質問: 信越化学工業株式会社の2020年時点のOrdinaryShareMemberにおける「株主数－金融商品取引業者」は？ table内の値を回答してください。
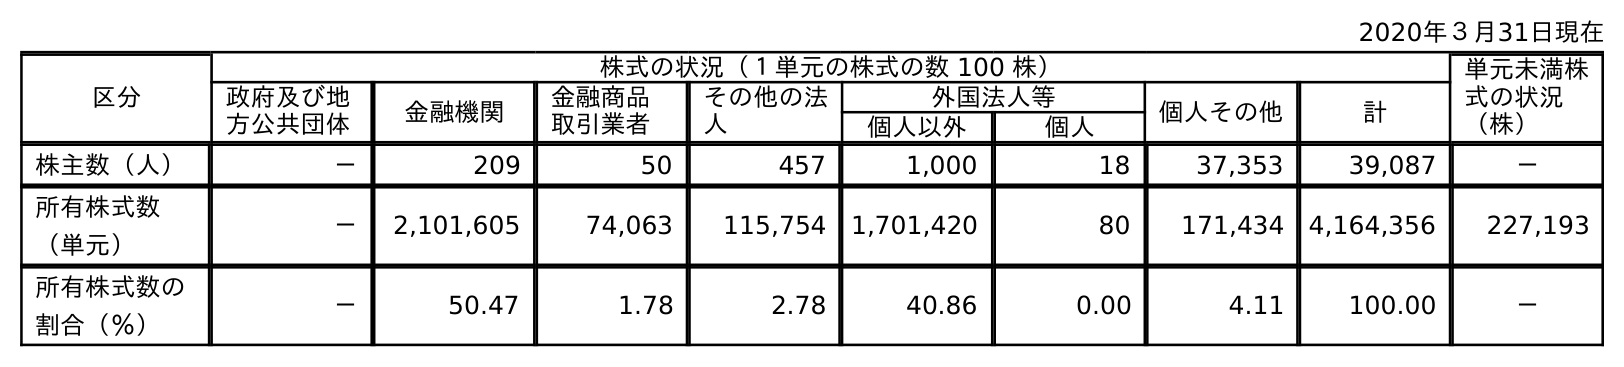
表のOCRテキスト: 2020年３月31日現在 区分 株式の状況（１単元の株式の数 100 株） 単元未満株 式の状況 （株） 政府及び地 方公共団体 金融機関 金融商品 取引業者 その他の法 人 外国法人等 個人その他 計 個人以外 個人 株主数（人） － 209 50 457 1,000 18 37,353 39,087 － 所有株式数 （単元） － 2,101,605 74,063 115,754 1,701,420 80 171,434 4,164,356 227,193 所有株式数の 割合（％） － 50.47 1.78 2.78 40.86 0.00 4.11 100.00 －
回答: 50